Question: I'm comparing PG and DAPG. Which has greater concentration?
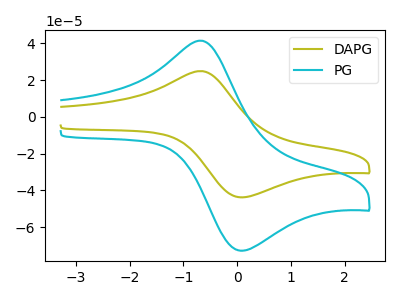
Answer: <think>The olive curve "DAPG" has an anodic peak at (-0.65V, 24.85uA) and a cathodic peak at (0.10V, -43.75uA). The cyan curve "PG" has an anodic peak at (-0.65V, 41.40uA) and a cathodic peak at (0.10V, -72.75uA).
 All the peaks in "PG" have a peak in "DAPG" at the same potential. Every peak in "PG" is higher than every peak in "DAPG".</think>
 <answer>"PG" has more signal than "DAPG" and so likely has a higher concentration.</answer>
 <eval>more_concentration</eval>